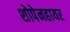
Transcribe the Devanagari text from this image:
शोपेनहायर